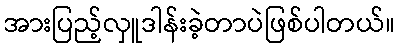
အားပြည့်လှူဒါန်းခဲ့တာပဲဖြစ်ပါတယ်။